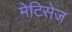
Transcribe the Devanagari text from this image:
मेटिसेज